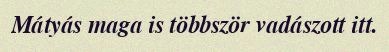
Mátyás maga is többször vadászott itt.